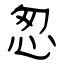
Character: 怱